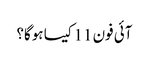
آئی فون 11 کیسا ہوگا؟